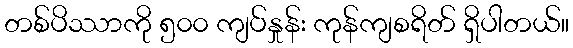
တစ်ပိဿာကို ၅၀၀ ကျပ်နှုန်း ကုန်ကျစရိတ် ရှိပါတယ်။